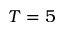
T = 5